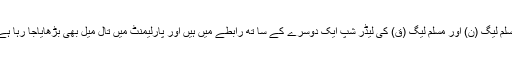
مسلم لیگ (ن) اور مسلم لیگ (ق) کی لیڈر شپ ایک دوسرے کے سا تھ رابطے میں ہیں اور پارلیمنٹ میں تال میل بھی بڑھایاجا رہا ہے۔